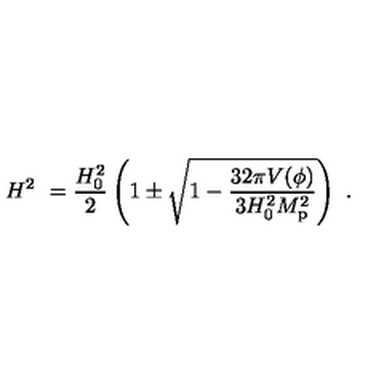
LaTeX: H ^ { 2 } \ = { \frac { H _ { 0 } ^ { 2 } } { 2 } } \left( 1 \pm \sqrt { 1 - { \frac { 3 2 \pi V ( \phi ) } { 3 H _ { 0 } ^ { 2 } M _ { \mathrm { p } } ^ { 2 } } } } \right) \ .